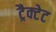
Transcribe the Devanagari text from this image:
ट्रैक्टेट